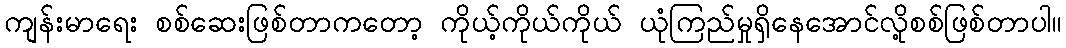
ကျန်းမာရေး စစ်ဆေးဖြစ်တာကတော့ ကိုယ့်ကိုယ်ကိုယ် ယုံကြည်မှုရှိနေအောင်လို့စစ်ဖြစ်တာပါ။